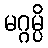
မဂ္ဂမ္ပိ